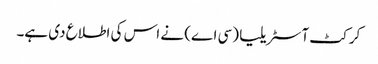
کرکٹ آسٹریلیا (سی اے) نے اس کی اطلاع دی ہے۔